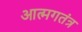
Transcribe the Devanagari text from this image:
आत्मगतंत्र